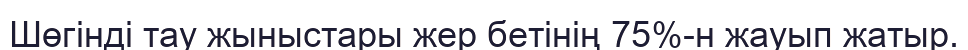
Шөгінді тау жыныстары жер бетінің 75%-н жауып жатыр.